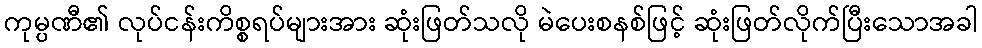
ကုမ္ပဏီ၏ လုပ်ငန်းကိစ္စရပ်များအား ဆုံးဖြတ်သလို မဲပေးစနစ်ဖြင့် ဆုံးဖြတ်လိုက်ပြီးသောအခါ